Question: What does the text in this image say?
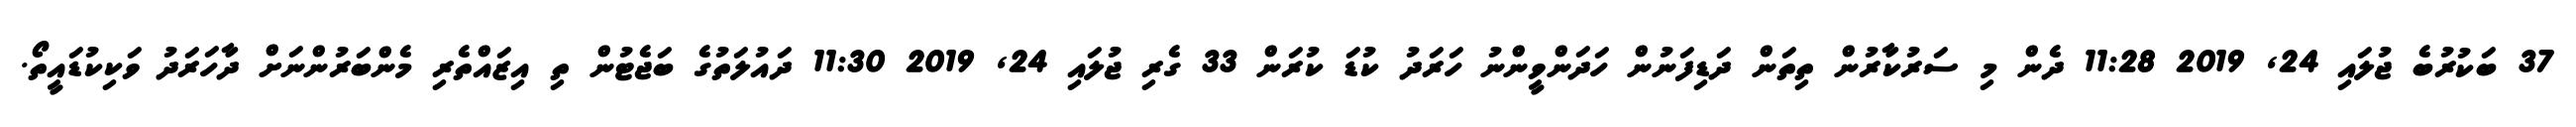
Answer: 37 ބަކުރުބެ ޖުލައި 24, 2019 11:28 ދެން މި ސަރުކާރުން ތިތަން ދަޑިފަނުން ހަދަންވީންނު ހަރަދު ކުޑަ ކުރަން 33 ގެރި ޖުލައި 24, 2019 11:30 ދައުލަތުގެ ބަޖެޓުން ތި އިޒައްތެރި މެންބަރުންނަށް ދާހަރަދު ވަކިކުޑައީތޯ.